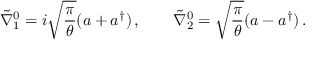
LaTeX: \tilde { \nabla } _ { 1 } ^ { 0 } = i \sqrt { \frac { \pi } { \theta } } ( a + a ^ { \dagger } ) \, , \qquad \tilde { \nabla } _ { 2 } ^ { 0 } = \sqrt { \frac { \pi } { \theta } } ( a - a ^ { \dagger } ) \, .